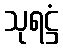
သုရဋ္ဌံ